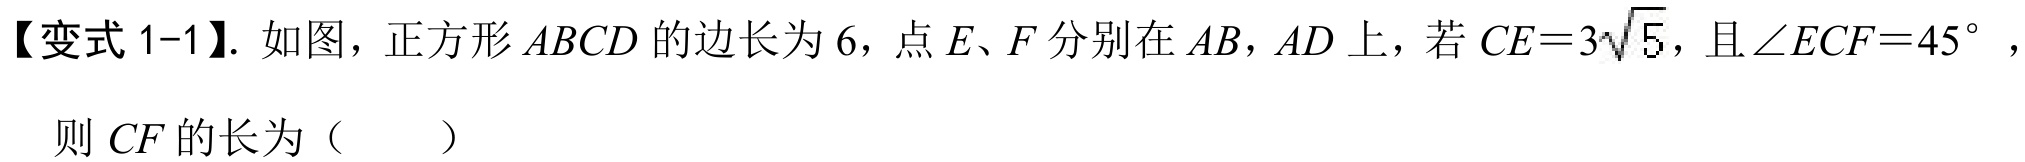
【变式1-1】. 如图，正方形\(ABCD\)的边长为\(6\)，点\(E、F\)分别在\(AB，AD\)上，若\(CE = 3\sqrt{5}\)，且\(\angle ECF = 45^{\circ}\)，
则\(CF\)的长为（  ）